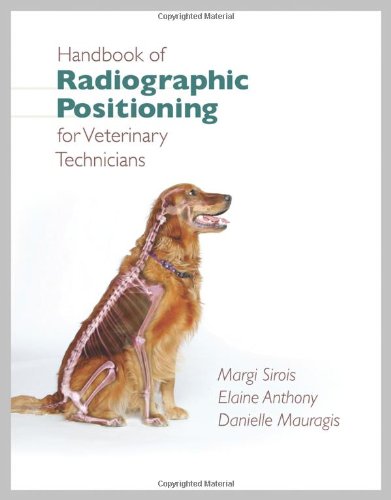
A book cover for Handbook of Radiographic Positioning for Veterinary Technicians (Veterinary Technology); Margi Sirois; Medical Books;